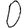
Digit: 0